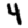
Digit: 4